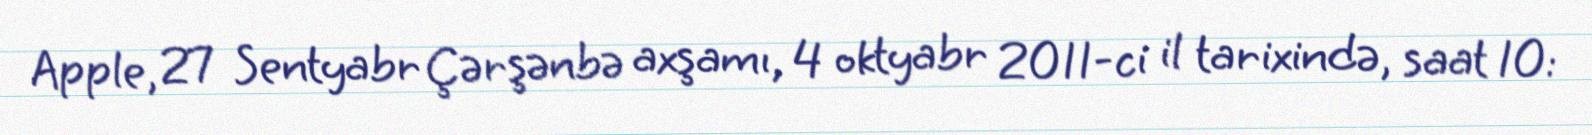
Apple, 27 Sentyabr Çərşənbə axşamı, 4 oktyabr 2011-ci il tarixində, saat 10: